Lunatic asylums Central Provinces reports 1874-1885 - 1874-1885
Year: 1874
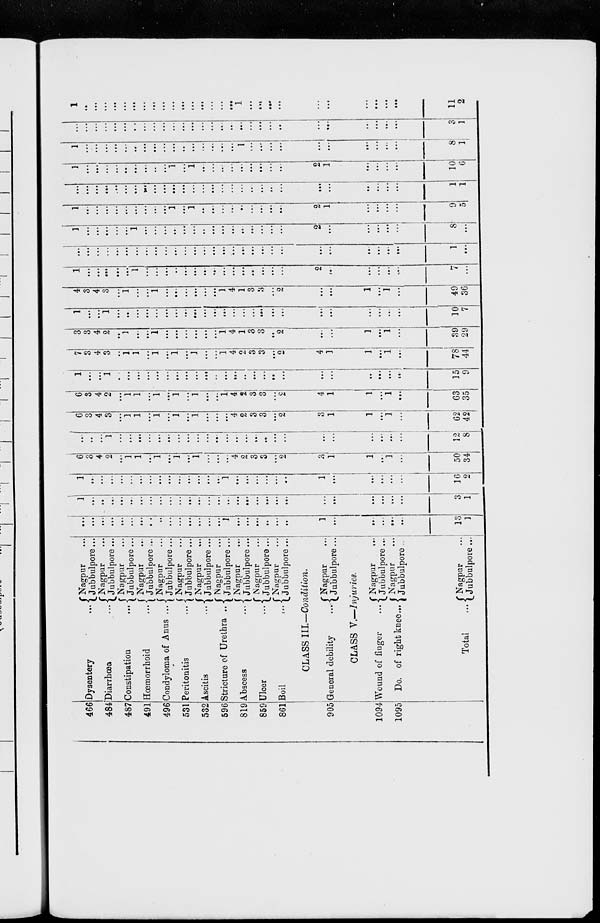
446
484
487
491
496
531
532
596
819
859
861
905
1094
1095
Dysentery ...
Diarrhœa ...
Constipation ...
Hœmorrhoid ...
Condyloma of Anus ...
Peritonitis ...
Ascitis
...
Stricture of Urethra ...
Abscess
...
Ulcer
...
Boil
...
Nagpur ...
Jubbulpore...
Nagpur ...
Jubbulpore...
Nagpur ...
Jubbulpore ...
Nagpur ...
Jubbulpore ...
Nagpur ...
Jubbulpore ...
Nagpur ...
Jubbulpore ...
Nagpur ...
Jubbulpore ...
Nagpur ...
Jubbulpore ...
Nagpur ...
Jubbulpore...
Nagpur ...
Jubbulpore ...
Nagpur ...
Jubbulpore...
CLASS III—Condition.
General debility
...
Nagpur ...
Jubbulpore ...
CLASS V—Injuries.
Wound of
finger
...
Do. of right knee ...
Total
...
Nagpur
...
Jubbulpore...
Nagpur
...
Jubbulpore ...
Nagpur
...
Jubbulpore ...
...
...
...
..
...
...
...
...
...
...
...
...
...
...
...
1
...
...
...
...
...
...
1
...
...
...
...
...
13
1
1
...
...
...
...
...
...
...
...
...
...
...
...
...
...
...
...
...
...
...
...
...
...
...
...
...
...
...
3
1
1
...
..
...
...
...
...
....
...
...
...
...
...
...
...
1
...
...
...
...
...
...
1
...
...
...
...
...
16
2
6
3
4
2
...
1
1
...
1
...
1
...
1
...
...
...
4
2
3
3
...
2
3
1
1
...
1
...
50
34
...
...
...
1
...
...
...
...
...
...
...
...
...
...
...
...
...
...
...
...
...
...
...
...
...
...
...
...
12
8
6
3
4
3
...
1
1
...
1
...
1
...
1
...
...
...
4
2
3
3
...
2
3
1
1
...
1
...
62
42
6
3
4
2
...
1
1
...
1
...
1
...
1
...
...
1
4
2
3
3
...
2
4
1
1
...
1
...
63
35
1
...
...
1
...
...
...
...
...
...
...
...
...
...
...
...
...
...
...
...
...
...
...
...
...
...
...
...
15
9
7
3
4
3
...
1
1
...
1
...
1
...
1
...
...
1
4
2
3
3
...
2
4
1
1
...
1
...
78
44
3
3
4
2
...
1
...
...
1
...
...
...
...
...
...
1
4
1
3
3
...
2
...
...
1
...
1
...
39
29
1
...
...
1
...
...
...
...
...
...
....
...
...
...
...
...
...
...
...
...
...
...
...
...
...
...
...
...
10
7
4
3
4
3
...
1
...
...
1
...
...
...
...
...
...
1
4
1
3
3
...
2
...
...
1
...
1
...
49
36
1
...
...
...
...
...
1
...
...
...
...
...
...
...
...
...
...
...
...
...
...
...
2
...
...
...
...
...
7
...
...
...
...
...
...
...
...
...
...
...
...
...
...
...
....
...
...
...
...
...
...
...
...
...
...
...
...
...
1
...
1
...
...
...
...
...
1
...
...
...
...
...
...
...
...
...
...
...
...
...
...
...
2
...
...
...
...
...
8
...
1
...
...
...
...
...
...
...
...
...
1
...
1
...
...
...
...
...
...
...
...
...
2
1
...
...
...
...
9
5
...
...
...
...
...
...
...
...
...
...
...
...
...
...
...
...
...
...
...
...
...
...
...
...
...
...
...
...
1
1
1
...
...
...
...
...
...
...
...
...
1
...
1
...
...
...
...
...
...
...
...
...
2
1
...
...
...
...
10
6
1
...
...
...
...
...
...
...
...
...
...
...
...
...
...
...
...
1
...
...
...
...
...
...
...
...
...
...
8
1
...
...
...
...
...
...
...
...
...
...
...
...
...
...
...
...
...
...
...
...
...
...
...
...
...
...
...
...
3
1
1
...
...
...
...
...
...
...
...
...
...
...
...
...
...
...
...
1
...
...
...
...
...
...
...
...
...
...
11
2